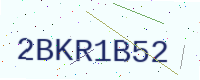
Text: 2BKR1B52